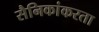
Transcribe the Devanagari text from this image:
सैनिकांकरता